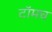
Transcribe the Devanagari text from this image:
टॉमच